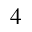
_ 4